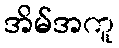
အိမ်အကူ